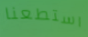
استطعنا